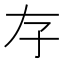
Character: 𡥂